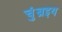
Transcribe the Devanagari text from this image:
चुंब़इय